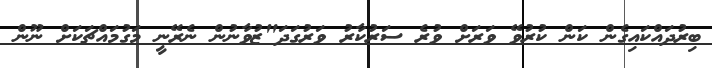
ބިރުދައްކައިގެން ކަން ކުރުވޭ ވަރަށް ވުރެ ސަރުކާރު ވަރުގަދަ"ޒުވާނުން ނެރޭނީ މަގުމައްޗަކަށް ނޫން